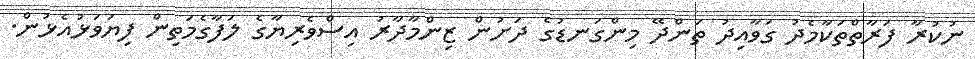
ނުކުރާ ފަރާތްތަކާމެދު ގަވާއިދު ތަންދޭ މިންގަނޑުގެ ދަށުން ޒިންމާދާރު އިސްވެރިޔާގެ ލަފާގެމަތިން ފިޔަވަޅުއެޅުން.